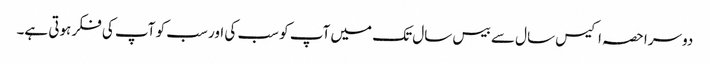
دوسرا حصہ اکیس سال سے بیس سال تک میں آپ کو سب کی اور سب کو آپ کی فکر ہوتی ہے۔